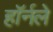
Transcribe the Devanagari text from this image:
हॉर्नले